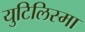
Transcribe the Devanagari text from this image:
युटिलिस्मा